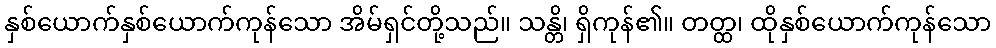
နှစ်ယောက်နှစ်ယောက်ကုန်သော အိမ်ရှင်တို့သည်။ သန္တိ၊ ရှိကုန်၏။ တတ္ထ၊ ထိုနှစ်ယောက်ကုန်သော